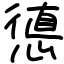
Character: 憄